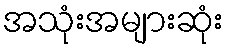
အသုံးအများဆုံး